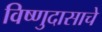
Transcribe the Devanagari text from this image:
विष्णुदासाचे